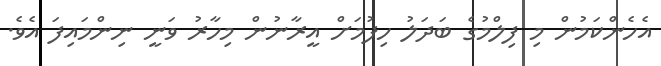
އެހެންކަމުން މި ފިލްމުގެ ބަދަލު ހިފުމަށް އީރާނުން މިހާރު ވަނީ ނިންމައިފަ އެވެ.